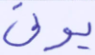
نؤتى